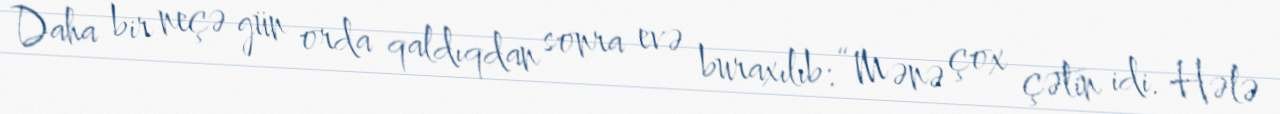
Daha bir neçə gün orda qaldıqdan sonra evə buraxılıb: “Mənə çox çətin idi. Hələ